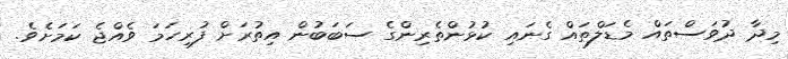
މިދާ ދުވަސްތައް މެޑަލްތައް ގެނައި ކުޅުންތެރިންގެ ސަބަބުން އިތުރަށް ފުރިހަމަ ވެއްޖެ ކަމަށެވެ.